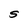
Character: S